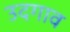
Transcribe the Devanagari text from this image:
उदगाव